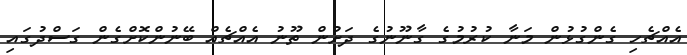
އެއްޗެހި ގެންގުޅުން މަނާ ކުރުމުގެ ގާނޫނުގެ ދަށުން ތޫނު އެއްޗެއް ބޭނުންކޮށްގެން ގަސްދުގައި